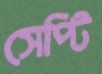
সেপ্টি